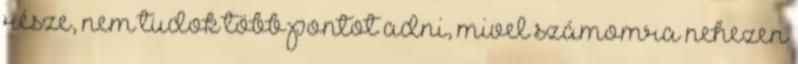
része, nem tudok több pontot adni, mivel számomra nehezen